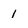
Character: 1